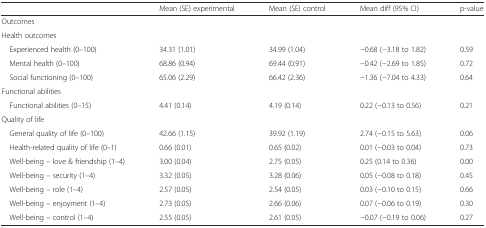
<table><thead><tr><td></td><td><b>Mean (SE) experimental</b></td><td><b>Mean (SE) control</b></td><td><b>Mean diff (95% CI)</b></td><td><b>p-value</b></td></tr></thead><tbody><tr><td>Outcomes</td><td></td><td></td><td></td><td></td></tr><tr><td>Health outcomes</td><td></td><td></td><td></td><td></td></tr><tr><td> Experienced health (0–100)</td><td>34.31 (1.01)</td><td>34.99 (1.04)</td><td>−0.68 (−3.18 to 1.82)</td><td>0.59</td></tr><tr><td> Mental health (0–100)</td><td>68.86 (0.94)</td><td>69.44 (0.91)</td><td>−0.42 (−2.69 to 1.85)</td><td>0.72</td></tr><tr><td> Social functioning (0–100)</td><td>65.06 (2.29)</td><td>66.42 (2.36)</td><td>−1.36 (−7.04 to 4.33)</td><td>0.64</td></tr><tr><td>Functional abilities</td><td></td><td></td><td></td><td></td></tr><tr><td> Functional abilities (0–15)</td><td>4.41 (0.14)</td><td>4.19 (0.14)</td><td>0.22 (−0.13 to 0.56)</td><td>0.21</td></tr><tr><td>Quality of life</td><td></td><td></td><td></td><td></td></tr><tr><td> General quality of life (0–100)</td><td>42.66 (1.15)</td><td>39.92 (1.19)</td><td>2.74 (−0.15 to 5.63)</td><td>0.06</td></tr><tr><td> Health-related quality of life (0–1)</td><td>0.66 (0.01)</td><td>0.65 (0.02)</td><td>0.01 (−0.03 to 0.04)</td><td>0.73</td></tr><tr><td> Well-being – love &amp; friendship (1–4)</td><td>3.00 (0.04)</td><td>2.75 (0.05)</td><td>0.25 (0.14 to 0.36)</td><td>0.00</td></tr><tr><td> Well-being – security (1–4)</td><td>3.32 (0.05)</td><td>3.28 (0.06)</td><td>0.05 (−0.08 to 0.18)</td><td>0.45</td></tr><tr><td> Well-being – role (1–4)</td><td>2.57 (0.05)</td><td>2.54 (0.05)</td><td>0.03 (−0.10 to 0.15)</td><td>0.66</td></tr><tr><td> Well-being – enjoyment (1–4)</td><td>2.73 (0.05)</td><td>2.66 (0.06)</td><td>0.07 (−0.06 to 0.19)</td><td>0.30</td></tr><tr><td> Well-being – control (1–4)</td><td>2.55 (0.05)</td><td>2.61 (0.05)</td><td>−0.07 (−0.19 to 0.06)</td><td>0.27</td></tr></tbody></table>